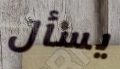
يسأل